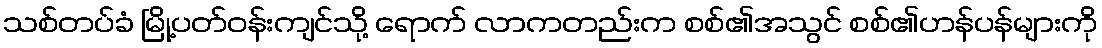
သစ်တပ်ခံ မြို့ပတ်ဝန်းကျင်သို့ ရောက် လာကတည်းက စစ်၏အသွင် စစ်၏ဟန်ပန်များကို